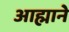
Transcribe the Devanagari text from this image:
आह्माने